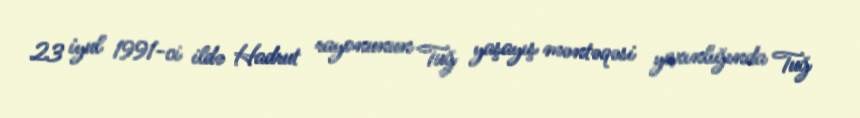
23 iyul 1991-ci ildə Hadrut rayonunun Tuğ yaşayış məntəqəsi yaxınlığında Tuğ